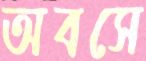
অবসে